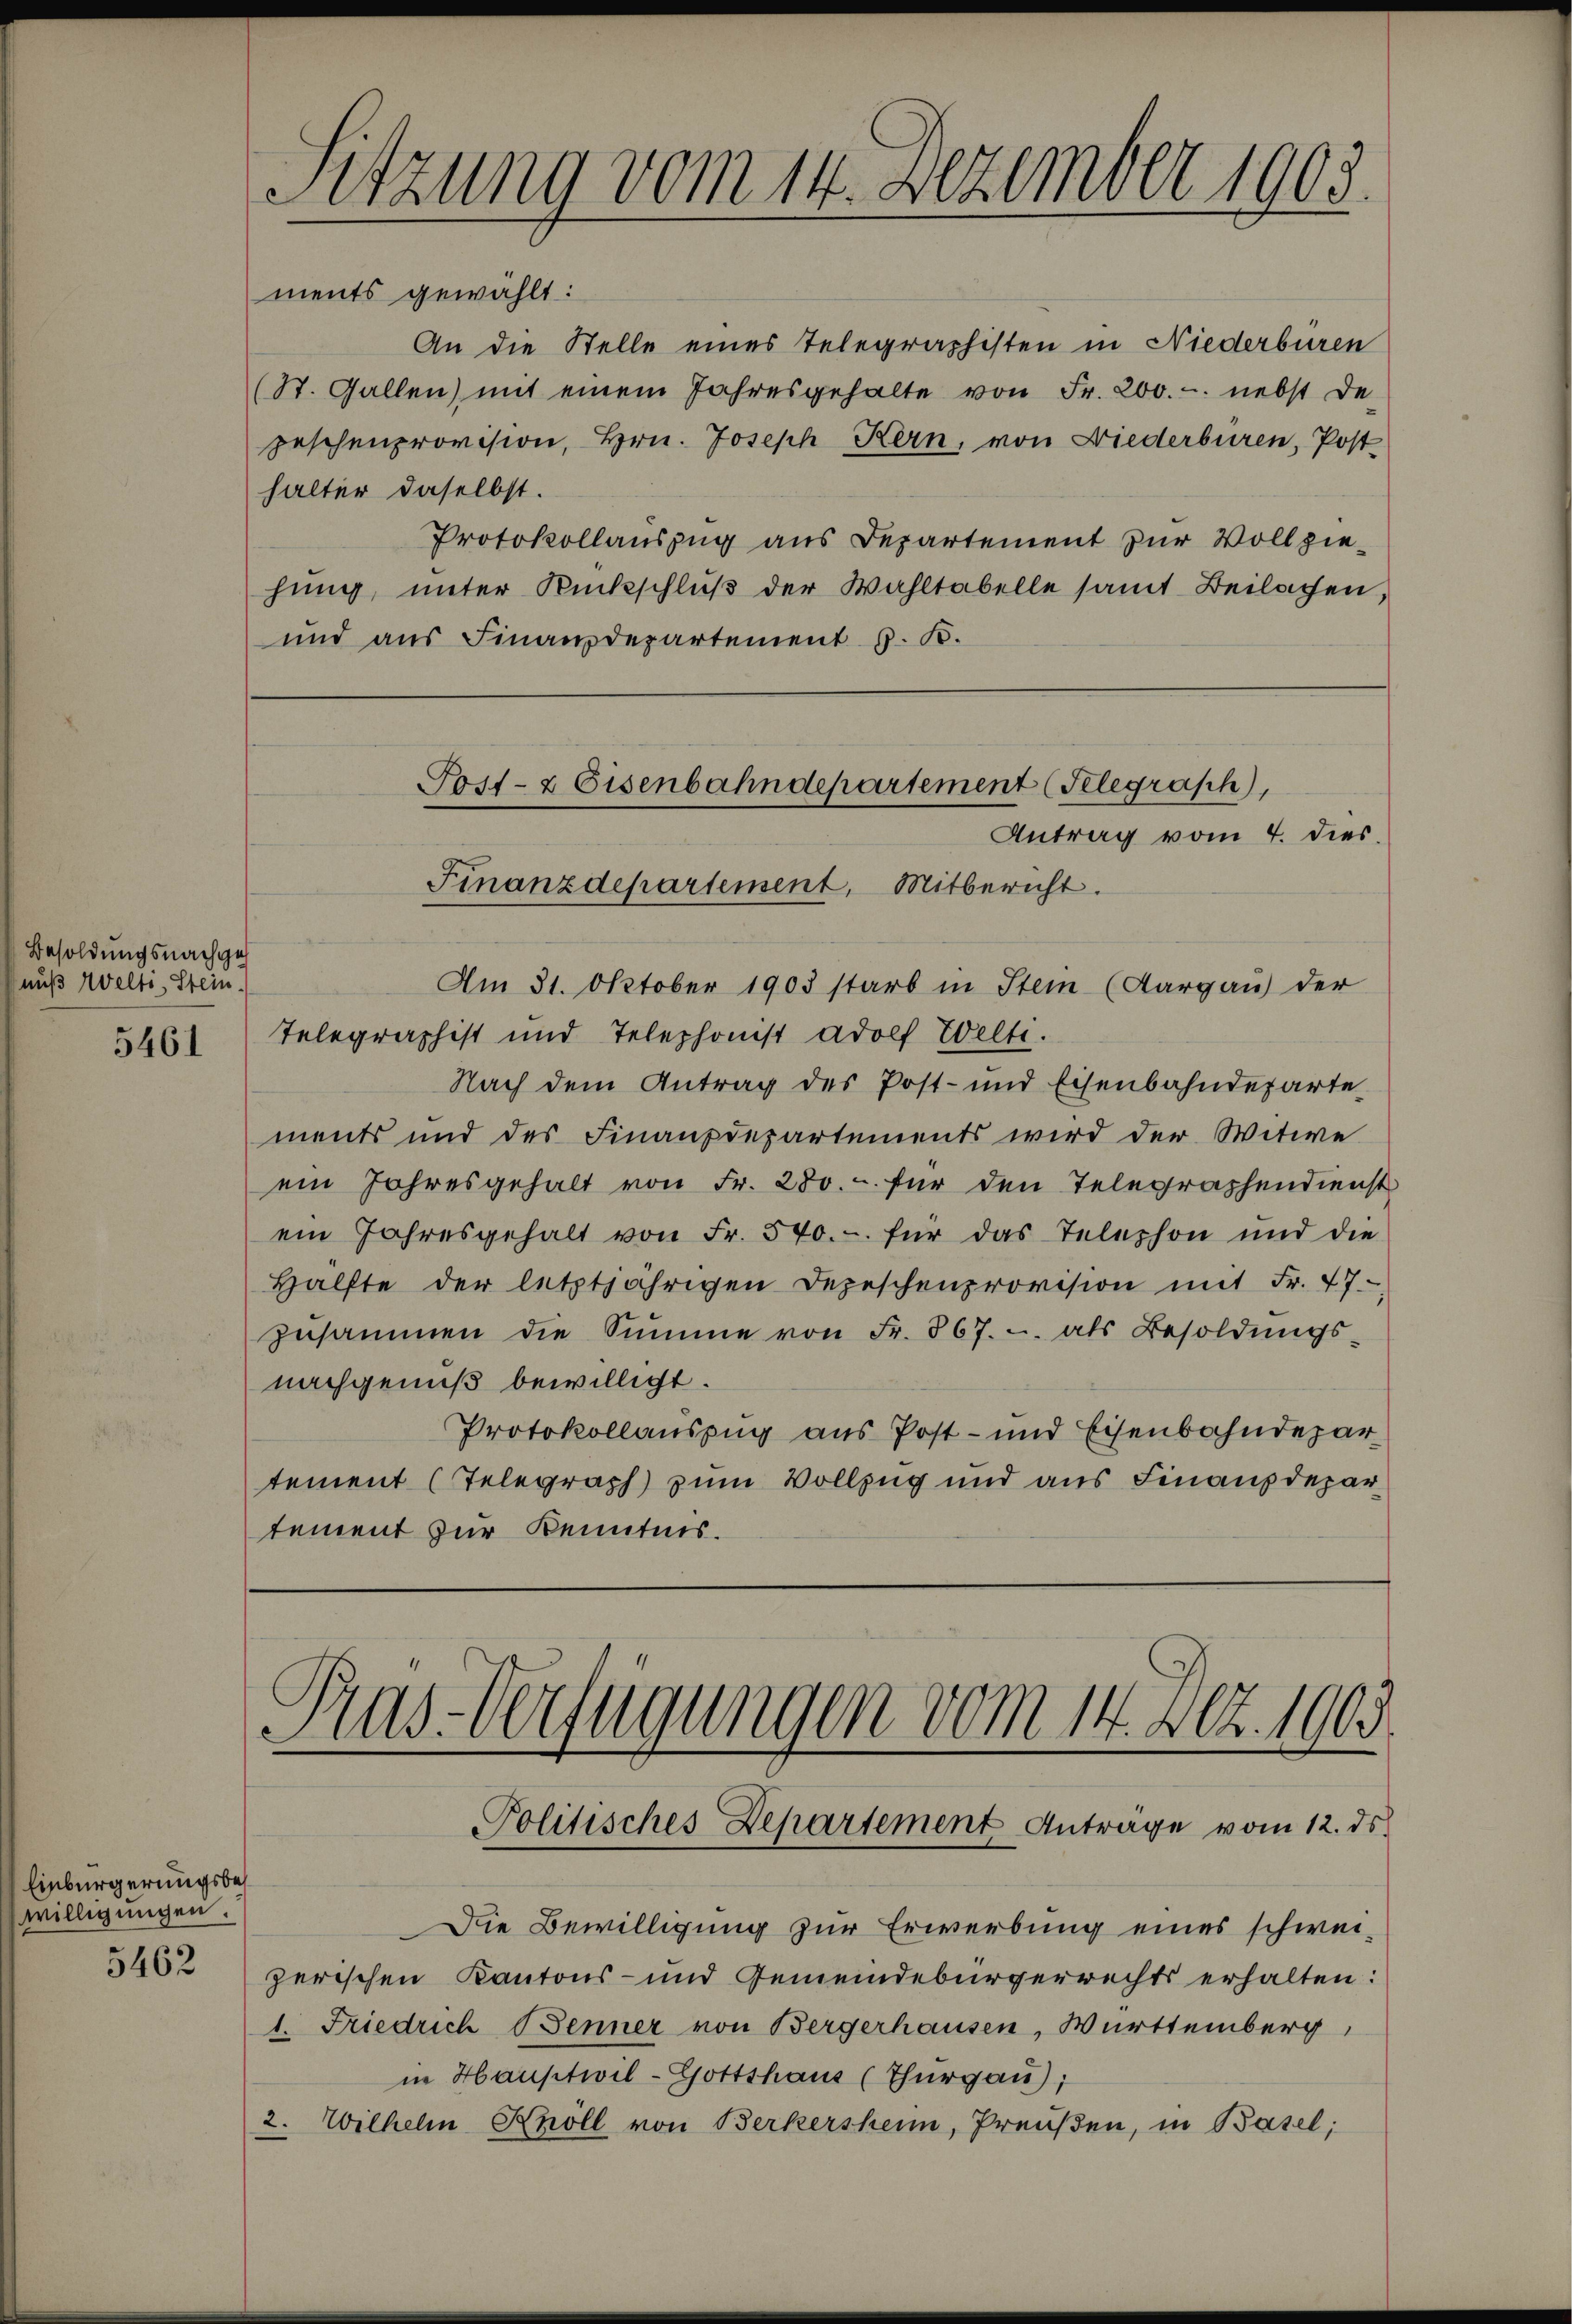
Besoldungsnachges
nuß Welti, Stein.

5461

Einbürgerungsbewilligungen.
5462

Sitzung vom 14. Dezember 1903.

ments gewählt:
An die Stelle eines Telegraphisten in Niederburen
(St. Gallen) mit einem Jahresgehalte von Fr. 200.-. nebst de-
peschenprovision, Hrn. Joseph Kern, von Wiederbüren, Post
halter daselbst.
Protokollauszug aus Departement zur Vollziehung, unter Rückschluß der Wahltabelle samt Beilagen,
und aus Finanzdepartement z. B.

Am 31. Oktober 1903 starb in Stein (Aargau) der
Telegraphist und Telephonist adolf Welti.
Nach dem Antrag des Post- und Eisenbahndeparte
ments und des Finanzdepartements wird der Witwe
ein Jahresgehalt von Fr. 280. - für den Telegraphendienst
ein Jahresgehalt von Fr. 540.- für das Telephon und die
Hälfte der letztjährigen Depeschenprovision mit Fr. 47
zusammen die Summe von Fr. 867. u. als Besoldŭngs-
nachgenuß bewilligt.
Protokollauszug aus Post- und Eisenbahndepartement (Telegraph) zum Vollzug und aus Finanzdepar
tement zur Kenntnis.

Jost- & Eisenbahndepartement (Telegraph,
Antrag vom 4. dies
Finanzdepartement, Mitbericht.

Pras-Verfügungen vom 14. Art. 1903.
Politisches Departement Anträge vom 12. ds.

Die Bewilligung zur Erwerbung eines schweizerischen Kantons- und Gemeindebürgerrechts erhalten:
1. Friedrich Benner von Bergerhausen, Württemberg,
in Hauptwil- Gottshaus (Thurgau),
2. Wilhelm Khöll von Berkersheim, Preußen, in Basel;